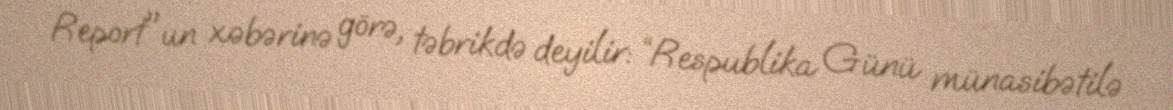
Report"un xəbərinə görə, təbrikdə deyilir: “Respublika Günü münasibətilə